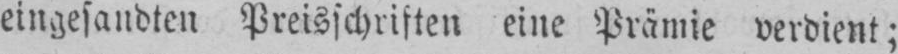
eingesandten Preisschriften eine Prämie verdient;